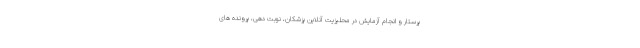
پرستار و انجام آزمایش در محلیزیت آنلاین پزشکان، نوبت دهی، پرونده های